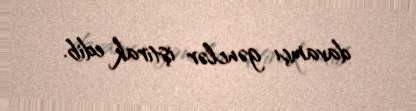
davamçı gənclər iştirak edib.